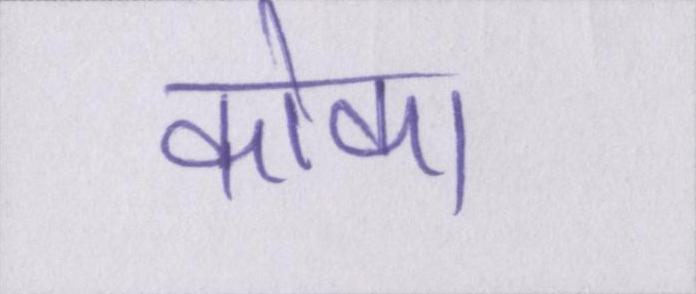
कोका